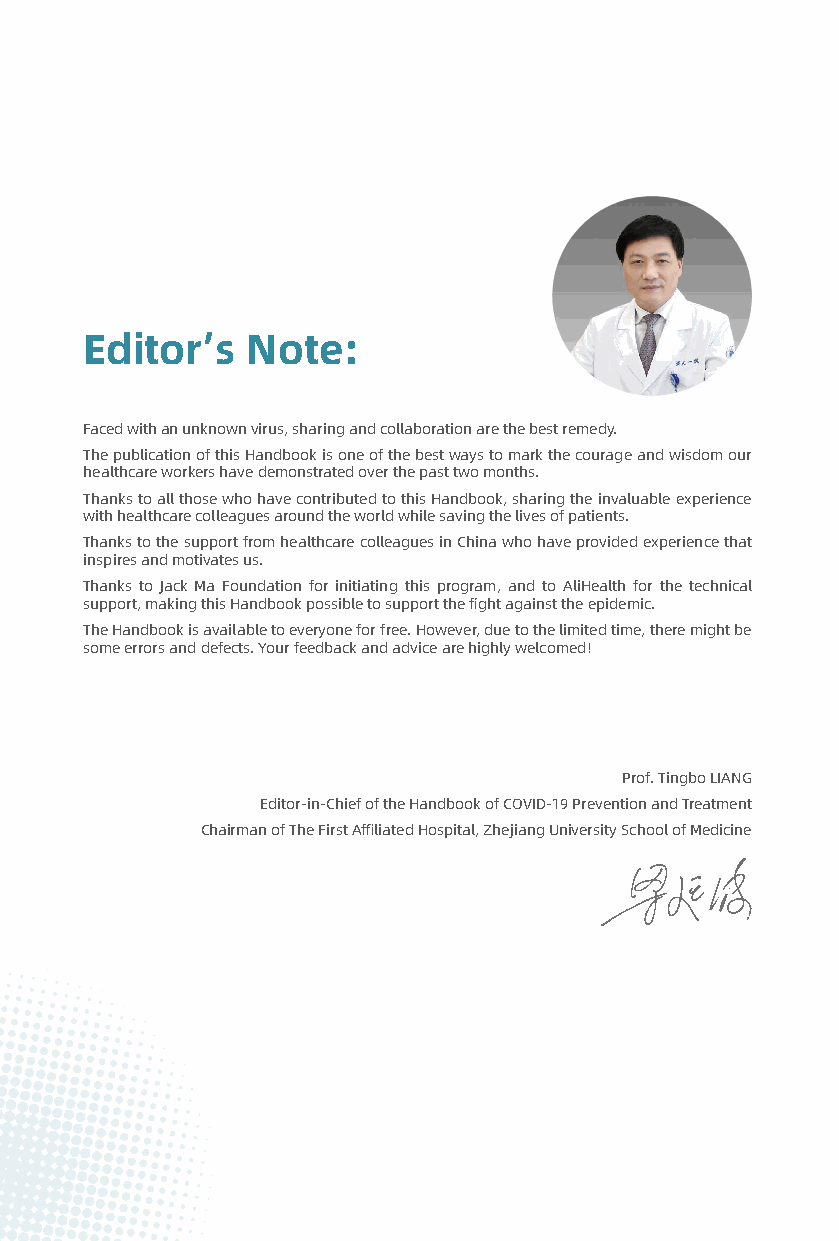
Editor’s  Note:
 Faced with an unknown virus, sharing and collaboration are the best remedy.
 The publication of this Handbook is one of the best ways to mark the courage and wisdom our
 healthcare workers have demonstrated over the past two months.
 Thanks to all those who have contributed to this Handbook, sharing the invaluable experience
 with healthcare colleagues around the world while saving the lives of patients.
 Thanks to the support from healthcare colleagues in China who have provided experience that
 inspires and motivates us.
 Thanks to Jack Ma Foundation for initiating this program, and to AliHealth for the technical
 support, making this Handbook possible to support the fight against the epidemic.
 The Handbook is available to everyone for free. However, due to the limited time, there might be
 some errors and defects. Your feedback and advice are highly welcomed!
 Prof. Tingbo LIANG
 Editor-in-Chief of the Handbook of COVID-19 Prevention and Treatment
 Chairman of The First Affiliated Hospital, Zhejiang University School of Medicine